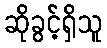
ဆိုခွင့်ရှိသူ